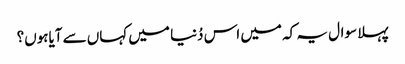
پہلا سوال یہ کہ میں اس دُنیا میں کہاں سے آیاہوں؟